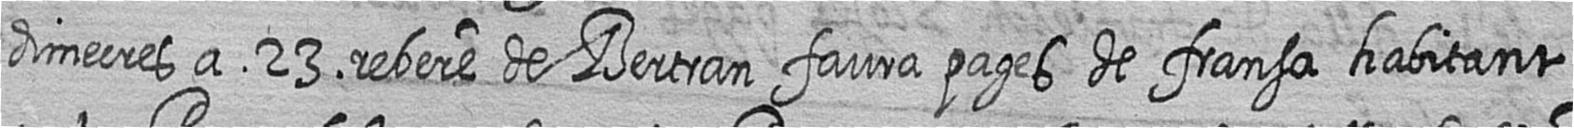
dimecres a 23 rebere de Bertran faura pages de fransa habitant